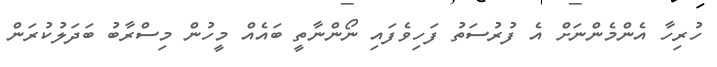
ހުރިހާ އެންމެންނަށް އެ ފުރުސަތު ފަހިވެފައި ނޯންނާތީ ބައެއް މީހުން މިސްރާބު ބަދަލުކުރަން